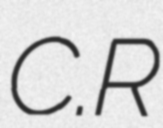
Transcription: C.R